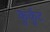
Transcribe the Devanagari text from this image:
कुर्कुट